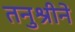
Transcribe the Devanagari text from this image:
तनुश्रीने